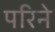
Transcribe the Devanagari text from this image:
परिने